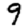
Digit: 9